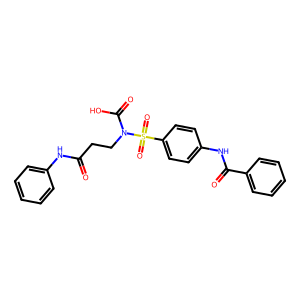
SMILES: O=C(CCN(C(=O)O)S(=O)(=O)c1ccc(NC(=O)c2ccccc2)cc1)Nc1ccccc1
Inhibits HIV replication: No